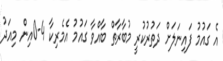
އެ ގައުމު ފައިނަލަށް ދަތުރުކުރީ މުބާރާތް ބާއްވާ ގައުމު އެމެރިކާ 4-0އިން މިއަދު